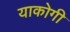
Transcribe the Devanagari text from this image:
याकोगी